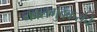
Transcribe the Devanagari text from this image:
नवलगुंदकरांचे